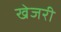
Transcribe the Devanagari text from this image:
खेजरी